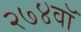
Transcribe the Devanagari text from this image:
२७४वॉ